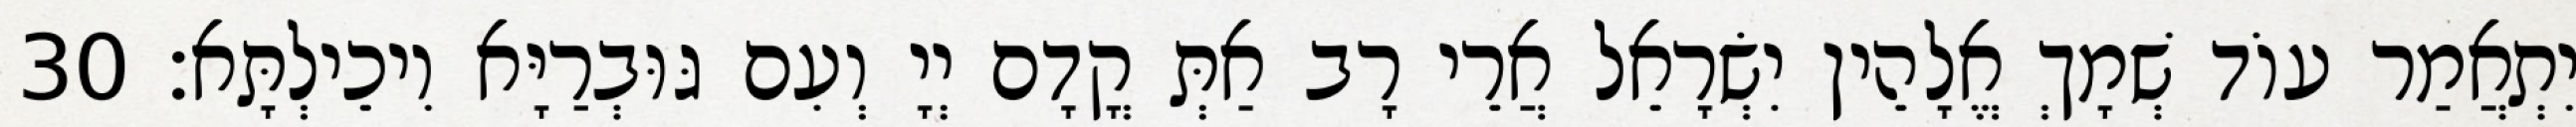
יִתְאֲמַר עוֹד שְׁמָךְ אֱלָהֵין יִשְׂרָאֵל אֲרֵי רָב אַתְּ קֳדָם יְיָ וְעִם גּוּבְרַיָּא וִיכֵילְתָּא׃ 30